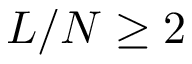
L / N \ge 2